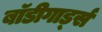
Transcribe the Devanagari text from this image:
बाॅडीगार्ड्स